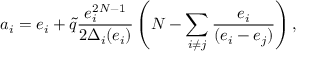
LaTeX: a _ { i } = e _ { i } + \tilde { q } \frac { e _ { i } ^ { 2 N - 1 } } { 2 \Delta _ { i } ( e _ { i } ) } \left( N - \sum _ { i \neq j } \frac { e _ { i } } { ( e _ { i } - e _ { j } ) } \right) ,